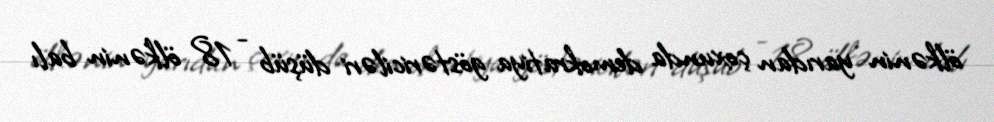
ölkənin yarıdan çoxunda demokratiya göstəriciləri düşüb - 18 ölkənin balı